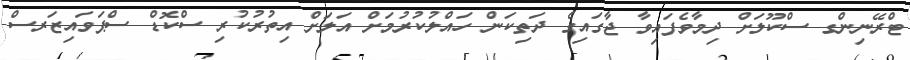
ޓްރޭނިންގ ސްކޫލަށް ދިމާވެފައިވާ ޖާގައިގެ ދަތިކަން ހައްލުކުރުމަށް އަލަށް އިތުރުކުރި ސްކޮޑް ސްޕަވައިޒަރސް